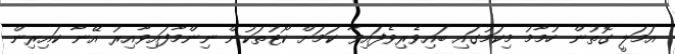
އަމަލީ ގޮތުން ހުމާމު މިކަމުގައި ބައިވެރިވެފައިވާ ކަމަށް ކޯޓުތަކުން ނިންމާފައިވާއިރު އޭނާ ކައިރިން